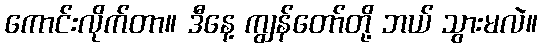
ကောင်းလိုက်တာ။ ဒီနေ့ ကျွန်တော်တို့ ဘယ် သွားမလဲ။